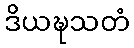
ဒိယဍ္ဎသတံ